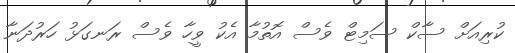
ކުރިއަށް ސާކް ސަމިޓް ވެސް އޮތުމާ އެކު ވީހާ ވެސް ރަނގަޅު ހަރުދަނާ